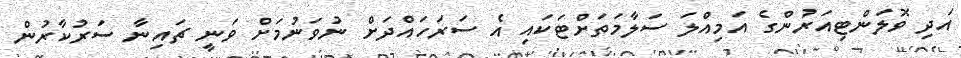
އަދި ވޮލަންޓިއަރުންގެ އަމިއްލަ ސަލާމަތަށްޓަކައި އެ ސަރަހައްދަށް ނުވަނުމަށް ވަނީ ޗައިނާ ސަރުކާރުން